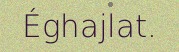
Éghajlat.